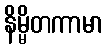
နိမ္မိတကာမာ